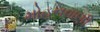
મોહનવાણી